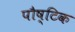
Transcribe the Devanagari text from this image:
पौष्‍िटक